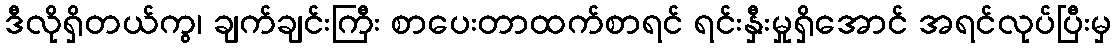
ဒီလိုရှိတယ်ကွ၊ ချက်ချင်းကြီး စာပေးတာထက်စာရင် ရင်းနှီးမှုရှိအောင် အရင်လုပ်ပြီးမှ